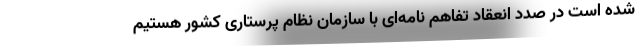
شده است در صدد انعقاد تفاهم نامه­ای با سازمان نظام پرستاری کشور هستیم